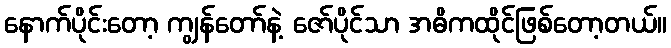
နောက်ပိုင်းတော့ ကျွန်တော်နဲ့ ဇော်ပိုင်သာ အဓိကထိုင်ဖြစ်တော့တယ်။